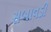
સબાવડી